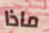
ماذا